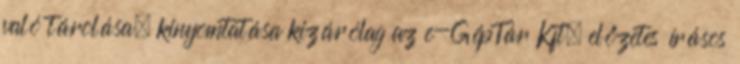
való tárolása, kinyomtatása kizárólag az e-GépTár Kft. előzetes írásos